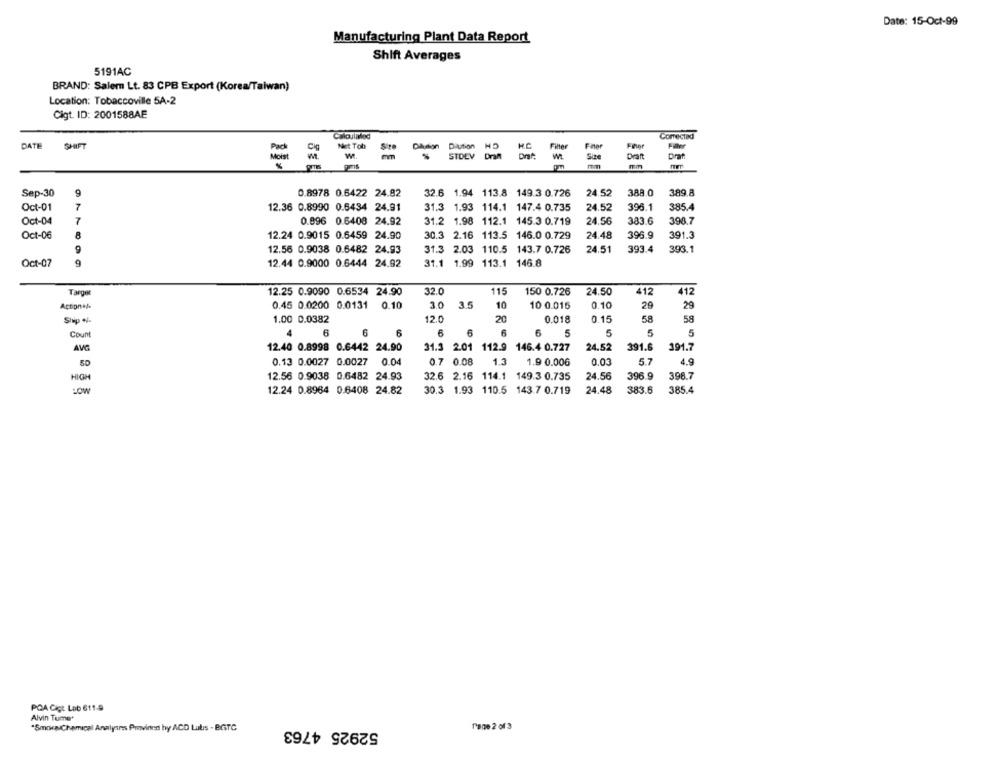
Date: 15-Oct-99
Manufacturing Plant Data Report
Shift Averages
5191AC
BRAND: Salem Lt. 83 CPB Export (Korea/Taiwan)
Location: Tobaccoville 5A-2
Cigt. ID: 2001588AE
Calculalod
Comected
DATE
SHIFT
H.C
Filter
Fihor
Filter
Sire
Didion Diution HD
we.
STOLV Dran
Size
Draft
prat
pm
Sep-30
0.8978 0.6422 24.82
32.6 1.94 113.8 149.3 0.726
24.52
388.0
389.8
Oct-01
7
396.1
385.4
12.36 0.8990 0.6434 24.91
31.3 1.93 114.1 147.4 0.735
24.52
Oct-04
7
0.896 0.6408 24.92
31.2 1.98 112.1 145.3 0.719
24.56
383.6
398.7
Oct-06
12.24 0.9015 0.6459 24.90
30.3 2.16 113.5 146.0 0.729
24.48
396.9
391.3
12.56 0.9038 0.6482 24.93
31.3 2.03 110.5 143.7 0.726
24.51
393.4
393.1
Oct-07
12.44 0.9000 0.6444 24.92
31.1 1.99 113.1 146.8
32.0
412
Targer
12.25 0.9090 0.6534 24.90
115
150 0.726
24.50
412
0.45 0.0200 0.0131
0.10
3.0
35
10
10 0.015
0.10
29
29
Actional
Ship +/-
1.00 0.0382
12.0
20
0.018
0.15
58
58
Count
4
6
6
6
6
6
6
6
5
5
5
5
AVC
12.40 0.8998 0.6442 24.90
31.3 2.01 112.9
146.4 0.727
24.52
391.6
391.7
50
0.13 0.0027 0.0027 0.04
0.7 0.08
1.3
1.9 0.006
0.03
5.7
4.9
HIGH
12.56 0.9038 0.6482 24.93
32.6 2.16 114.1
149.3 0.735
24.56
396.9
398.7
:OW
12.24 0.8964 0.6408 24.82
30.3 1.93 110.5 143.7 0.719
24.48
383.6
385.4
POA Cigt Lab 611-9
Alvin Tume+
52925 4763
"Smowa Chemical Analysis Provinten hy ACD Lubis - BGTC
Page 2 of 3